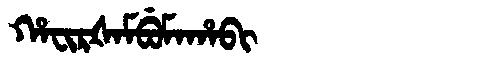
Manchu: ᡥᠠᠸᡳᡵᡧᠠᠮᠪᡠᠮᠠᡥᠠᠪᡳ
Romanization: HAFIRŠAMBUMAHABI